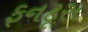
ફનટૂસ